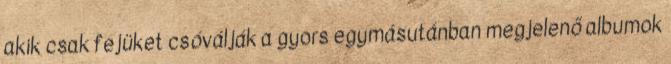
akik csak fejüket csóválják a gyors egymásutánban megjelenő albumok